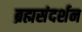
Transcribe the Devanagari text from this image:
ब्रह्मसंदर्शन